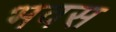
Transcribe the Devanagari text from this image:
भवस